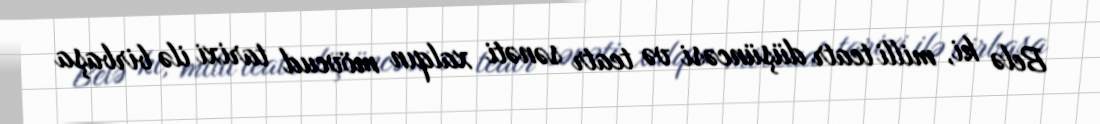
Belə ki, milli teatr düşüncəsi və teatr sənəti xalqın mövcud tarixi ilə birbaşa